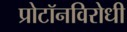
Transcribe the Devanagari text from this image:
प्रोटॉनविरोधी